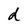
Character: d